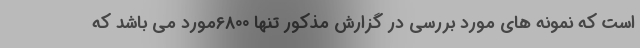
است که نمونه های مورد بررسی در گزارش مذکور تنها 6800مورد می باشد که